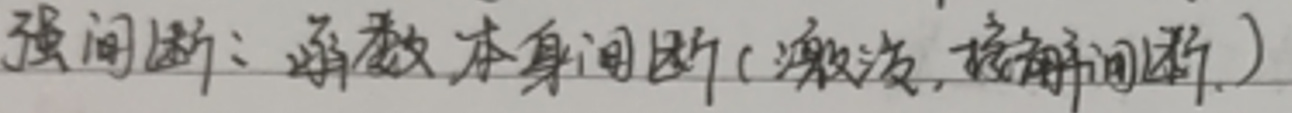
强间断：函数本身间断（激波，接触间断）